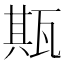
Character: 𤭣